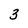
Character: 3